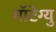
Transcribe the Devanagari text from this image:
मॉटेग्यु